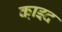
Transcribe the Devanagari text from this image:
का़इद